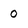
Character: 0